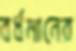
বর্ধমানের